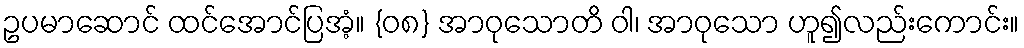
ဥပမာဆောင် ထင်အောင်ပြအံ့။ {၀၈} အာဝုသောတိ ဝါ၊ အာဝုသော ဟူ၍လည်းကောင်း။